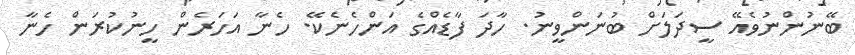
ބޭނުންނުވެއޭ ސީދަލަށް ބުނަންވީނު. ހާދަ ފާޑެއްގެ އަންހެނެކޭ. ހެނާ އަހަރެން ހީނުކުރަން ހެނާ